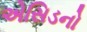
એસિડનો